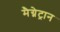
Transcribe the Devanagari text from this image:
मैग्नेट्रान